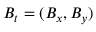
\boldsymbol { B } _ { t } = ( B _ { x } , B _ { y } )